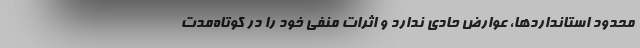
محدود استانداردها، عوارض حادي ندارد و اثرات منفي خود را در كوتاه‌مدت